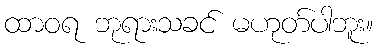
ထာဝရ ဘုရားသခင် မဟုတ်ပါဘူး။